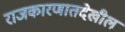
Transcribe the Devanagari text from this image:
राजकारणातदेखील